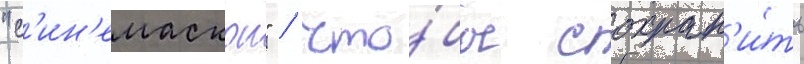
"с'ин'емаскоп" / что́бы сохран'и́ть